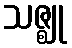
သဇ္ဈု